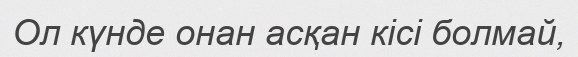
Ол күнде онан асқан кісі болмай,